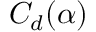
C _ { d } ( \alpha )